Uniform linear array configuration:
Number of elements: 16
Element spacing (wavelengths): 1
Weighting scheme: hamming
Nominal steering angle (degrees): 0
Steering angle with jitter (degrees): -0.3196
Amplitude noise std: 0.05
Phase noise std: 0.05

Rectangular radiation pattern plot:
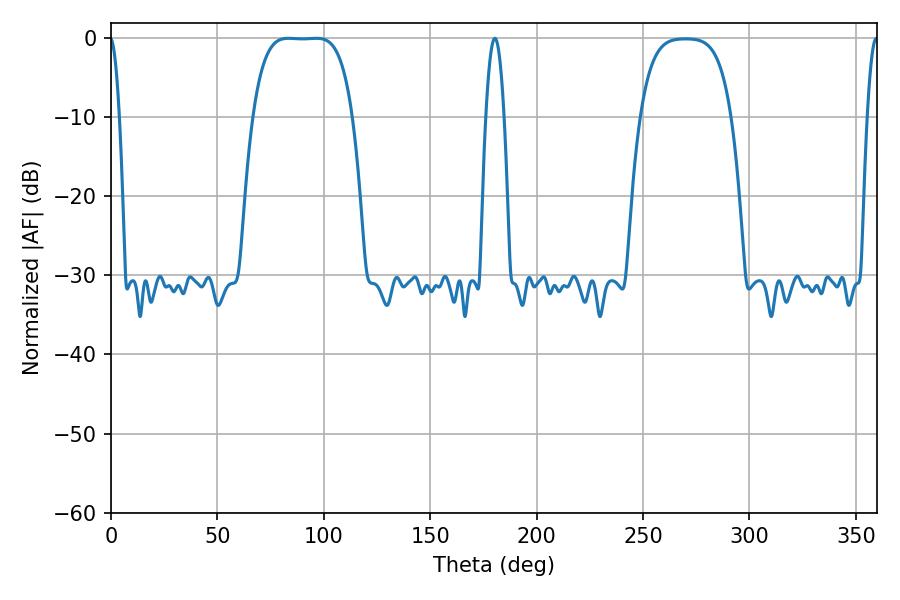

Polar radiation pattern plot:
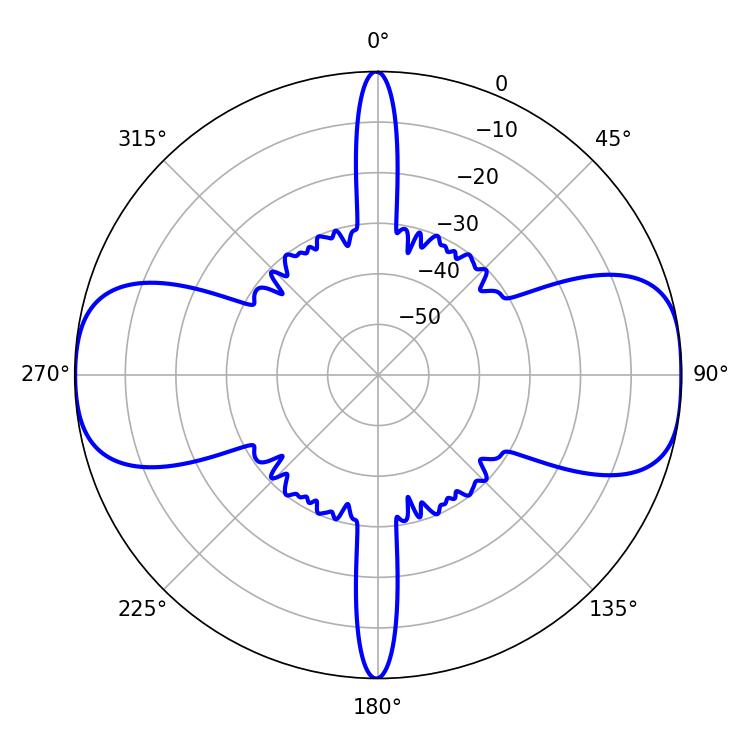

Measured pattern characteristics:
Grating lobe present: TRUE
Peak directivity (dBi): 13.142
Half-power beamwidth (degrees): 36
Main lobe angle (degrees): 83.34